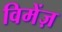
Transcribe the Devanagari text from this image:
विमेंज़